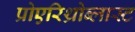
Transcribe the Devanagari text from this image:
प्रोएरिथ्रोब्लास्ट